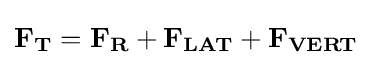
\mathbf {F_{T}} =\mathbf {F_{R}} +\mathbf {F_{LAT}} +\mathbf {F_{VERT}}